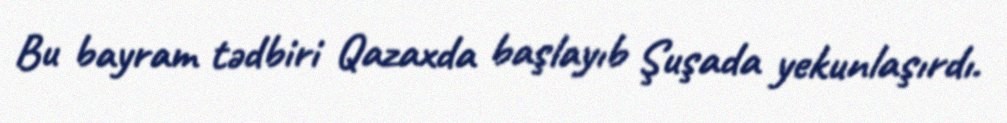
Bu bayram tədbiri Qazaxda başlayıb Şuşada yekunlaşırdı.